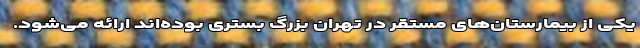
یکی از بیمارستان‌های مستقر در تهران بزرگ بستری بوده‌اند ارائه می‌شود.